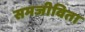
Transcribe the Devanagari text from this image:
समजीविता